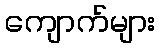
ကျောက်များ